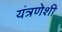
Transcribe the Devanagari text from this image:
यंत्रणेशी